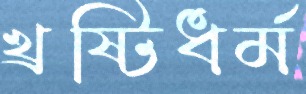
খ্রষ্টিধর্ম